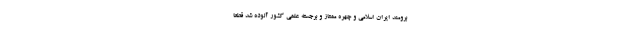
برومند ایران اسلامی و چهره ممتاز و برجسته علمی کشور آلوده شد قطعاً